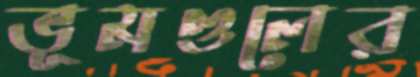
ভূমণ্ডলের